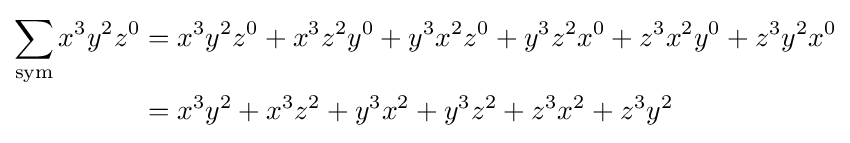
{\begin{aligned}\sum _{\text{sym}}x^{3}y^{2}z^{0}&=x^{3}y^{2}z^{0}+x^{3}z^{2}y^{0}+y^{3}x^{2}z^{0}+y^{3}z^{2}x^{0}+z^{3}x^{2}y^{0}+z^{3}y^{2}x^{0}\\&=x^{3}y^{2}+x^{3}z^{2}+y^{3}x^{2}+y^{3}z^{2}+z^{3}x^{2}+z^{3}y^{2}\end{aligned}}